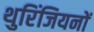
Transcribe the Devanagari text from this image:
थुरिंजियनों